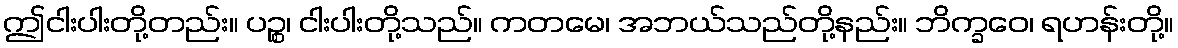
ဤငါးပါးတို့တည်း။ ပဉ္စ၊ ငါးပါးတို့သည်။ ကတမေ၊ အဘယ်သည်တို့နည်း။ ဘိက္ခဝေ၊ ရဟန်းတို့။